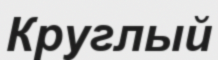
Круглый